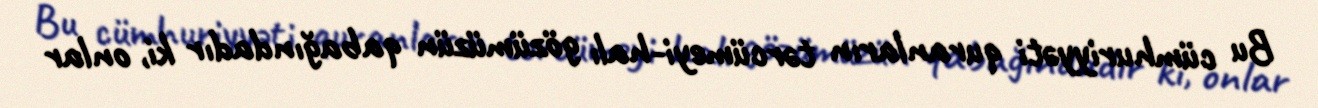
Bu cümhuriyyəti quranların tərcümeyi-halı gözümüzün qabağındadır ki, onlar